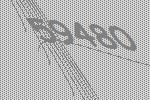
59480